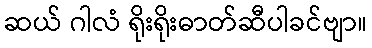
ဆယ် ဂါလံ ရိုးရိုးဓာတ်ဆီပါခင်ဗျာ။